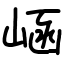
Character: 崡